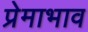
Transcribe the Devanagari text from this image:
प्रेमाभाव